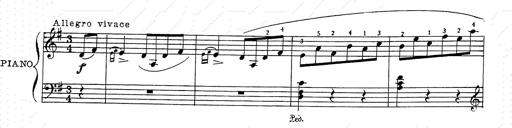
Title: 6 Polish Songs
Composer: Franz Liszt